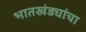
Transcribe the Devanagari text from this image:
भातखंड्यांचा